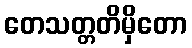
တေသတ္တတိမှိတော